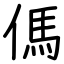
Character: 傌